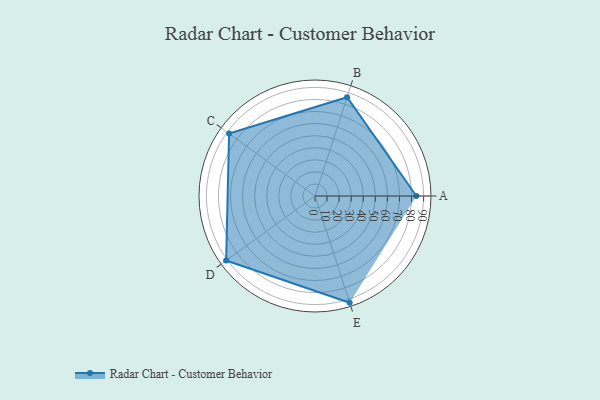
{"axis": {"x": "Skill", "y": "Score"}, "legend": ["Profile"], "data": [{"x": "A", "y": 84.0, "type": "Profile"}, {"x": "B", "y": 86.0, "type": "Profile"}, {"x": "C", "y": 88.0, "type": "Profile"}, {"x": "D", "y": 91.0, "type": "Profile"}, {"x": "E", "y": 93.0, "type": "Profile"}]}